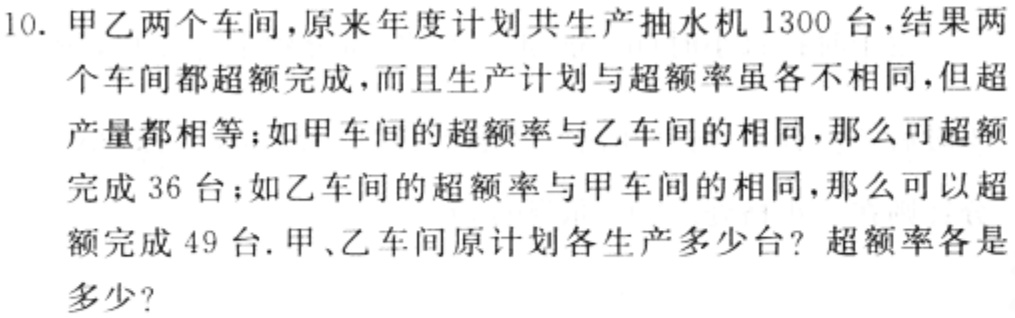
10. 甲乙两个车间，原来年度计划共生产抽水机 1300 台，结果两个车间都超额完成，而且生产计划与超额率虽各不相同，但超产量都相等；如甲车间的超额率与乙车间的相同，那么可超额完成 36 台；如乙车间的超额率与甲车间的相同，那么可以超额完成 49 台. 甲、乙车间原计划各生产多少台？超额率各是多少？